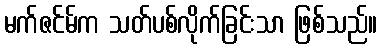
မက်ဇင်မ်က သတ်ပစ်လိုက်ခြင်းသာ ဖြစ်သည်။